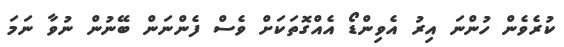
ކުރެވެން ހުންނަ އިރު އެވިންޑޯ އެއްގޮތަކަށް ވެސް ފެންނަން ބޭނުން ނުވާ ނަމަ